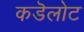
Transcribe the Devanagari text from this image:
कडॆलोट